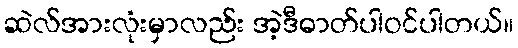
ဆဲလ်အားလုံးမှာလည်း အဲ့ဒီဓာတ်ပါဝင်ပါတယ်။